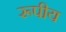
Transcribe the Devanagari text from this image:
रूपीय